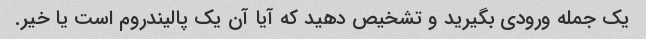
یک جمله ورودی بگیرید و تشخیص دهید که آیا آن یک پالیندروم است یا خیر.